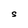
Character: S